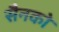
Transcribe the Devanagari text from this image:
सैनको